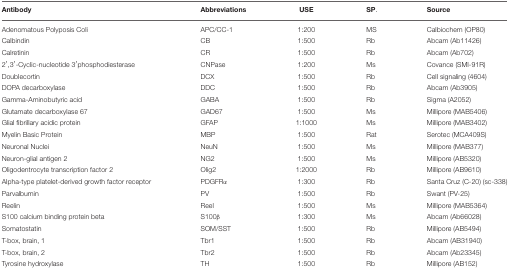
<table><thead><tr><td><b>Antibody</b></td><td><b>Abbreviations</b></td><td><b>USE</b></td><td><b>SP.</b></td><td><b>Source</b></td></tr></thead><tbody><tr><td>Adenomatous Polyposis Coli</td><td>APC/CC-1</td><td>1:200</td><td>MS</td><td>Calbiochem (OP80)</td></tr><tr><td>Calbindin</td><td>CB</td><td>1:500</td><td>Rb</td><td>Abcam (Ab11426)</td></tr><tr><td>Calretinin</td><td>CR</td><td>1:500</td><td>Rb</td><td>Abcam (Ab702)</td></tr><tr><td>2′,3′-Cyclic-nucleotide 3′phosphodiesterase</td><td>CNPase</td><td>1:200</td><td>Ms</td><td>Covance (SMI-91R)</td></tr><tr><td>Doublecortin</td><td>DCX</td><td>1:500</td><td>Rb</td><td>Cell signaling (4604)</td></tr><tr><td>DOPA decarboxylase</td><td>DDC</td><td>1:500</td><td>Rb</td><td>Abcam (Ab3905)</td></tr><tr><td>Gamma-Aminobutyric acid</td><td>GABA</td><td>1:500</td><td>Rb</td><td>Sigma (A2052)</td></tr><tr><td>Glutamate decarboxylase 67</td><td>GAD67</td><td>1:500</td><td>Ms</td><td>Millipore (MAB5406)</td></tr><tr><td>Glial fibrillary acidic protein</td><td>GFAP</td><td>1:1000</td><td>Ms</td><td>Millipore (MAB3402)</td></tr><tr><td>Myelin Basic Protein</td><td>MBP</td><td>1:500</td><td>Rat</td><td>Serotec (MCA409S)</td></tr><tr><td>Neuronal Nuclei</td><td>NeuN</td><td>1:500</td><td>Ms</td><td>Millipore (MAB377)</td></tr><tr><td>Neuron-glial antigen 2</td><td>NG2</td><td>1:500</td><td>Ms</td><td>Millipore (AB5320)</td></tr><tr><td>Oligodentrocyte transcription factor 2</td><td>Olig2</td><td>1:2000</td><td>Rb</td><td>Millipore (AB9610)</td></tr><tr><td>Alpha-type platelet-derived growth factor receptor</td><td>PDGFRα</td><td>1:300</td><td>Rb</td><td>Santa Cruz (C-20) (sc-338)</td></tr><tr><td>Parvalbumin</td><td>PV</td><td>1:500</td><td>Rb</td><td>Swant (PV-25)</td></tr><tr><td>Reelin</td><td>Reel</td><td>1:500</td><td>Ms</td><td>Millipore (MAB5364)</td></tr><tr><td>S100 calcium binding protein beta</td><td>S100β</td><td>1:300</td><td>Ms</td><td>Abcam (Ab66028)</td></tr><tr><td>Somatostatin</td><td>SOM/SST</td><td>1:500</td><td>Rb</td><td>Millipore (AB5494)</td></tr><tr><td>T-box, brain, 1</td><td>Tbr1</td><td>1:500</td><td>Rb</td><td>Abcam (AB31940)</td></tr><tr><td>T-box, brain, 2</td><td>Tbr2</td><td>1:500</td><td>Rb</td><td>Abcam (Ab23345)</td></tr><tr><td>Tyrosine hydroxylase</td><td>TH</td><td>1:500</td><td>Rb</td><td>Millipore (AB152)</td></tr></tbody></table>